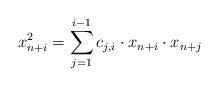
LaTeX: \begin{align*} x_{n+i}^2=\sum_{j=1}^{i-1}c_{j,i}\cdot x_{n+i}\cdot x_{n+j}\end{align*}